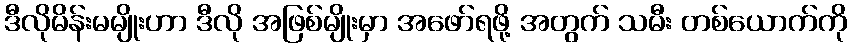
ဒီလိုမိန်းမမျိုးဟာ ဒီလို အဖြစ်မျိုးမှာ အဖော်ရဖို့ အတွက် သမီး တစ်ယောက်ကို